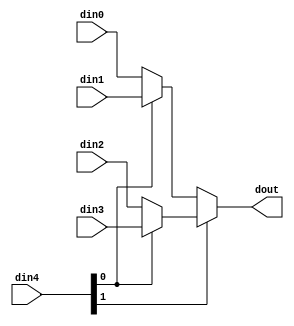
module hls_saturation_enqcK #(
parameter
    ID                = 0,
    NUM_STAGE         = 1,
    din0_WIDTH       = 32,
    din1_WIDTH       = 32,
    din2_WIDTH       = 32,
    din3_WIDTH       = 32,
    din4_WIDTH         = 32,
    dout_WIDTH            = 32
)(
    input  [27 : 0]     din0,
    input  [27 : 0]     din1,
    input  [27 : 0]     din2,
    input  [27 : 0]     din3,
    input  [1 : 0]    din4,
    output [27 : 0]   dout);

// puts internal signals
wire [1 : 0]     sel;
// level 1 signals
wire [27 : 0]         mux_1_0;
wire [27 : 0]         mux_1_1;
// level 2 signals
wire [27 : 0]         mux_2_0;

assign sel = din4;

// Generate level 1 logic
assign mux_1_0 = (sel[0] == 0)? din0 : din1;
assign mux_1_1 = (sel[0] == 0)? din2 : din3;

// Generate level 2 logic
assign mux_2_0 = (sel[1] == 0)? mux_1_0 : mux_1_1;

// output logic
assign dout = mux_2_0;

endmodule